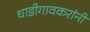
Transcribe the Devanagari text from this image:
धाडीगावकरांनी